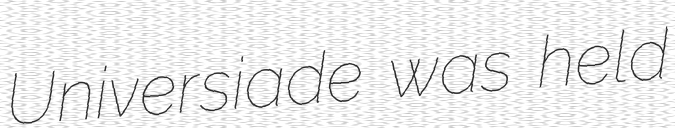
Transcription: Universiade was held